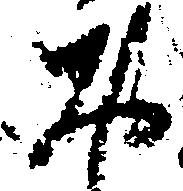
お